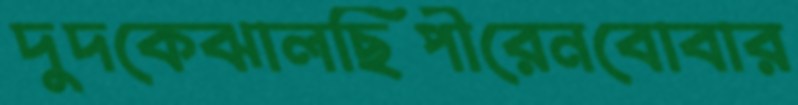
দুদকেঝালছিপীরেনবোবার